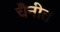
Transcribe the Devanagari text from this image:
चैनीत